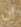
ان